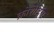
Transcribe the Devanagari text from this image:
क्रोशेटिंग